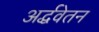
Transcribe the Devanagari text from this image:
अर्द्धवेतन